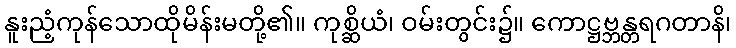
နူးညံ့ကုန်သောထိုမိန်းမတို့၏။ ကုစ္ဆိယံ၊ ဝမ်းတွင်း၌။ ကောဋ္ဌဗ္ဘန္တရဂတာနိ၊